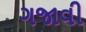
ગજાવી